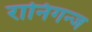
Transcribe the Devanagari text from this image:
रानिगन्ज